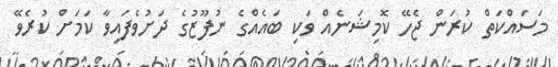
މަސައްކަތް ކުރަން ޖެހޭ ކޮމިޝަނެއް ވަކި ބައެއްގެ ނުފޫޒުގެ ދަށުވެފައިވާ ކަމަށް ކުރެވޭ